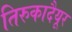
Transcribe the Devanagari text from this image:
तिरुकादैयूर